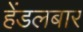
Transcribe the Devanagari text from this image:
हेंडलबार